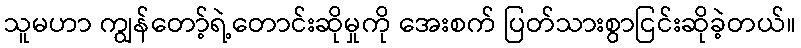
သူမဟာ ကျွန်တော့်ရဲ့တောင်းဆိုမှုကို အေးစက် ပြတ်သားစွာငြင်းဆိုခဲ့တယ်။